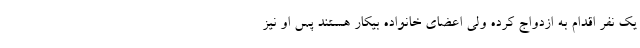
یک نفر اقدام به ازدواج کرده ولی اعضای خانواده بیکار هستند پس او نیز